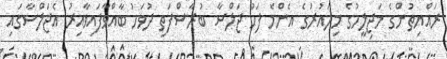
ރައްޔިތުންގެ މަޖިލީހުގެ މިދައުރުގެ އެންމެ ފަހު ޖަލްސާ ބުރާސްފަތި ދުވަހު ބާއްވާފައިވާއިރު އެޖަލްސާގައި